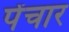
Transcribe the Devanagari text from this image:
पेंचार